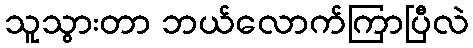
သူသွားတာ ဘယ်လောက်ကြာပြီလဲ